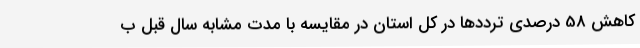
کاهش 58 درصدی ترددها در کل استان در مقایسه با مدت مشابه سال قبل ب